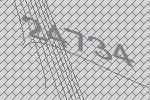
24734